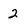
Character: 2